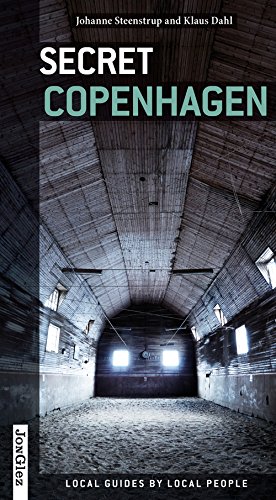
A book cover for Secret Copenhagen; Jonglez Publishing; Travel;